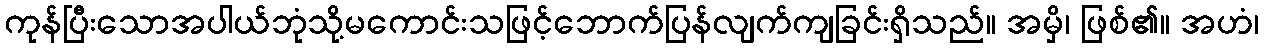
ကုန်ပြီးသောအပါယ်ဘုံသို့မကောင်းသဖြင့်ဘောက်ပြန်လျက်ကျခြင်းရှိသည်။ အမှိ၊ ဖြစ်၏။ အဟံ၊